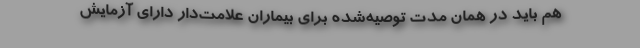
هم باید در همان مدت توصیه‌شده برای بیماران علامت‌دار دارای آزمایش